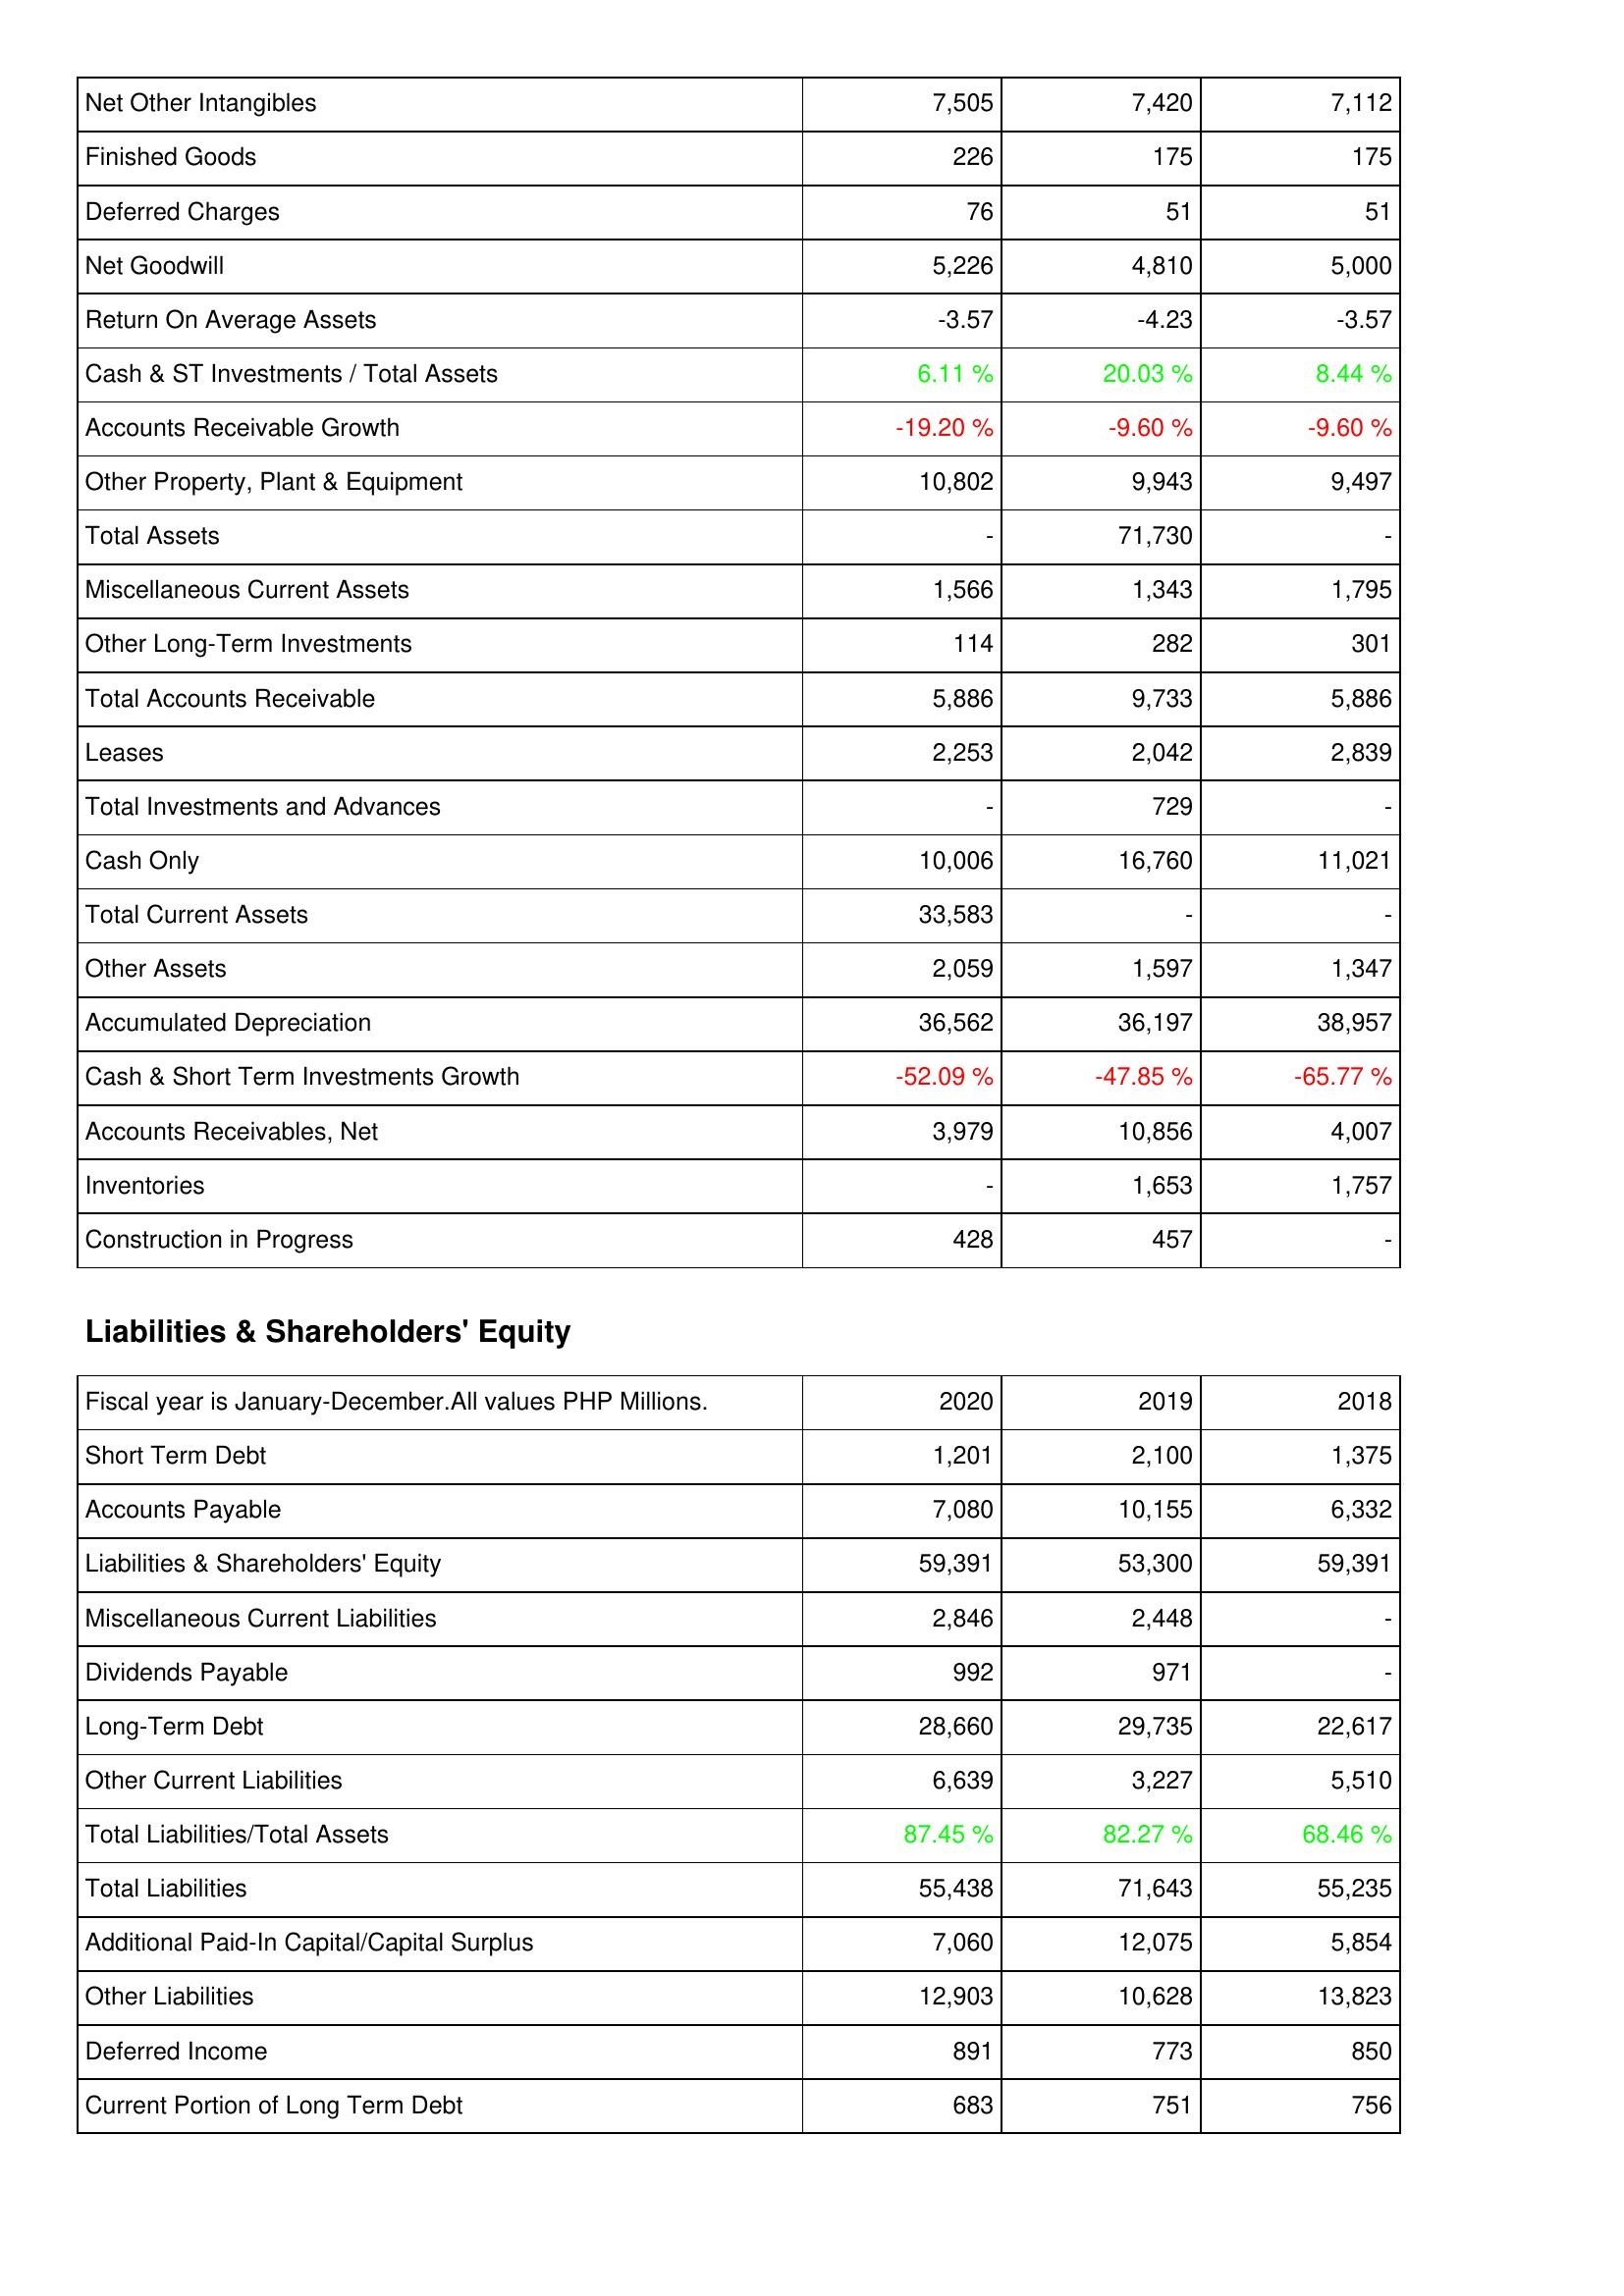
2020: Assets: Net Other Intangibles: 7,505
Finished Goods: 226
Deferred Charges: 76
Net Goodwill: 5,226
Return On Average Assets: -3.57
Cash & ST Investments / Total Assets: 6.11 %
Accounts Receivable Growth: -19.20 %
Other Property, Plant & Equipment: 10,802
Total Assets: -
Miscellaneous Current Assets: 1,566
Other Long-Term Investments: 114
Total Accounts Receivable: 5,886
Leases: 2,253
Total Investments and Advances: -
Cash Only: 10,006
Total Current Assets: 33,583
Other Assets: 2,059
Accumulated Depreciation: 36,562
Cash & Short Term Investments Growth: -52.09 %
Accounts Receivables, Net: 3,979
Inventories: -
Construction in Progress: 428
Liabilities & Shareholders' Equity: Short Term Debt: 1,201
Accounts Payable: 7,080
Liabilities & Shareholders' Equity: 59,391
Miscellaneous Current Liabilities: 2,846
Dividends Payable: 992
Long-Term Debt: 28,660
Other Current Liabilities: 6,639
Total Liabilities/Total Assets: 87.45 %
Total Liabilities: 55,438
Additional Paid-In Capital/Capital Surplus: 7,060
Other Liabilities: 12,903
Deferred Income: 891
Current Portion of Long Term Debt: 683
2019: Assets: Net Other Intangibles: 7,420
Finished Goods: 175
Deferred Charges: 51
Net Goodwill: 4,810
Return On Average Assets: -4.23
Cash & ST Investments / Total Assets: 20.03 %
Accounts Receivable Growth: -9.60 %
Other Property, Plant & Equipment: 9,943
Total Assets: 71,730
Miscellaneous Current Assets: 1,343
Other Long-Term Investments: 282
Total Accounts Receivable: 9,733
Leases: 2,042
Total Investments and Advances: 729
Cash Only: 16,760
Total Current Assets: -
Other Assets: 1,597
Accumulated Depreciation: 36,197
Cash & Short Term Investments Growth: -47.85 %
Accounts Receivables, Net: 10,856
Inventories: 1,653
Construction in Progress: 457
Liabilities & Shareholders' Equity: Short Term Debt: 2,100
Accounts Payable: 10,155
Liabilities & Shareholders' Equity: 53,300
Miscellaneous Current Liabilities: 2,448
Dividends Payable: 971
Long-Term Debt: 29,735
Other Current Liabilities: 3,227
Total Liabilities/Total Assets: 82.27 %
Total Liabilities: 71,643
Additional Paid-In Capital/Capital Surplus: 12,075
Other Liabilities: 10,628
Deferred Income: 773
Current Portion of Long Term Debt: 751
2018: Assets: Net Other Intangibles: 7,112
Finished Goods: 175
Deferred Charges: 51
Net Goodwill: 5,000
Return On Average Assets: -3.57
Cash & ST Investments / Total Assets: 8.44 %
Accounts Receivable Growth: -9.60 %
Other Property, Plant & Equipment: 9,497
Total Assets: -
Miscellaneous Current Assets: 1,795
Other Long-Term Investments: 301
Total Accounts Receivable: 5,886
Leases: 2,839
Total Investments and Advances: -
Cash Only: 11,021
Total Current Assets: -
Other Assets: 1,347
Accumulated Depreciation: 38,957
Cash & Short Term Investments Growth: -65.77 %
Accounts Receivables, Net: 4,007
Inventories: 1,757
Construction in Progress: -
Liabilities & Shareholders' Equity: Short Term Debt: 1,375
Accounts Payable: 6,332
Liabilities & Shareholders' Equity: 59,391
Miscellaneous Current Liabilities: -
Dividends Payable: -
Long-Term Debt: 22,617
Other Current Liabilities: 5,510
Total Liabilities/Total Assets: 68.46 %
Total Liabilities: 55,235
Additional Paid-In Capital/Capital Surplus: 5,854
Other Liabilities: 13,823
Deferred Income: 850
Current Portion of Long Term Debt: 756